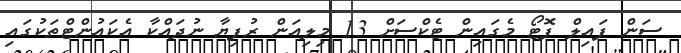
ސަން ފައިލް ފޮޓޯ މެގައިން ޓެކްސަށް 13 މިލިއަން ރުފިޔާ ނުދައްކާ އެކައުންޓްތަކުގައި